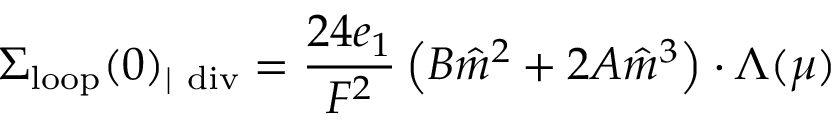
\Sigma _ { \mathrm { l o o p } } ( 0 ) _ { | \ \mathrm { d i v } } = { \frac { 2 4 e _ { 1 } } { F ^ { 2 } } } \left( B \hat { m } ^ { 2 } + 2 A \hat { m } ^ { 3 } \right) \cdot \Lambda ( \mu )